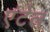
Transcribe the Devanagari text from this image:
एंटेल